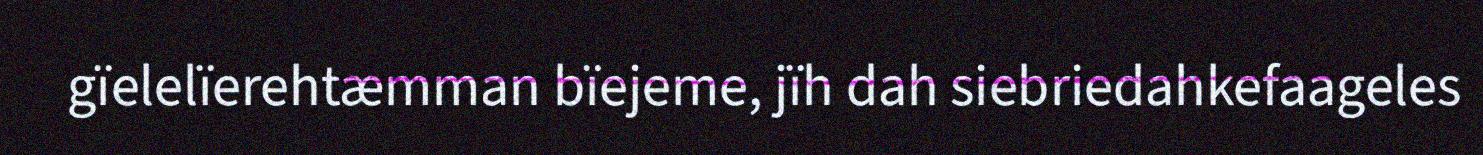
gïelelïerehtæmman bïejeme, jïh dah siebriedahkefaageles